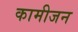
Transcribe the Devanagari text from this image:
कामीजन